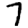
Digit: 7